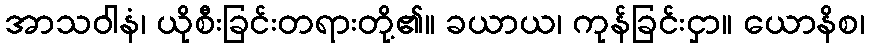
အာသဝါနံ၊ ယိုစီးခြင်းတရားတို့၏။ ခယာယ၊ ကုန်ခြင်းငှာ။ ယောနိစ၊